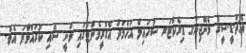
އެޗް.ޑީ.ސީގެ މެނޭޖިންގ ޑިރެކްޓަރ ސުހައިލް އަހްމަދު އެގްރީމެންޓްގައި ވަނީ ސޮއި ކުރައްވާފަ އެވެ.